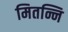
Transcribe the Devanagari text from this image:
मितन्नि